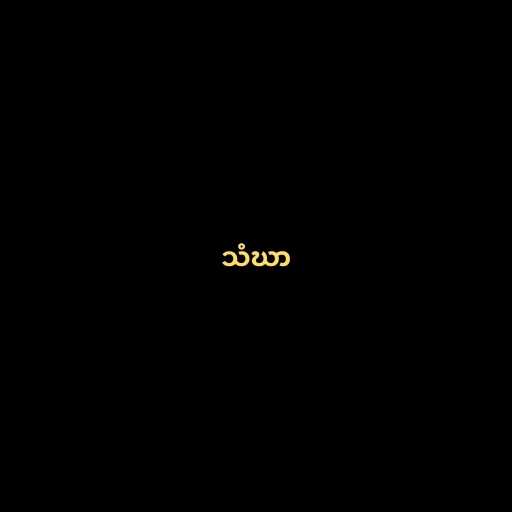
သံဃာ